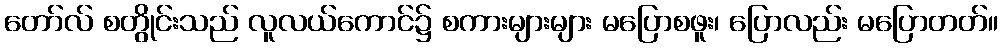
တော်လ် စတွိုင်းသည် လူလယ်ကောင်၌ စကားများများ မပြောစဖူး၊ ပြောလည်း မပြောတတ်။